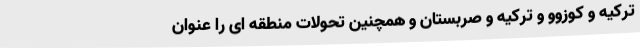
ترکیه و کوزوو و ترکیه و صربستان و همچنین تحولات منطقه ای را عنوان